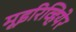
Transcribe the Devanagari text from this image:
मूइरिव्हियेर